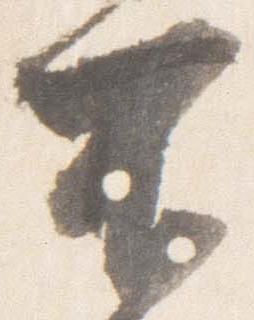
不